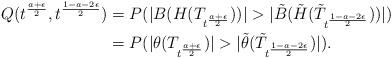
LaTeX: \begin{align*}Q(t^{\frac{a+\epsilon}{2}},t^{\frac{1-a-2\epsilon}{2}} )&=P(|B(H(T_{t^{\frac{a+\epsilon}{2}} }))|>|\tilde{B}(\tilde{H}(\tilde{T}_{t^{\frac{1-a-2\epsilon}{2}}}))|)\\&=P(|\theta(T_{t^{\frac{a+\epsilon}{2}}})|>|\tilde{\theta}(\tilde{T}_{t^{\frac{1-a-2\epsilon}{2}}})|).\end{align*}